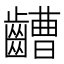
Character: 𪙡